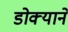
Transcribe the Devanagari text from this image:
डोक्याने